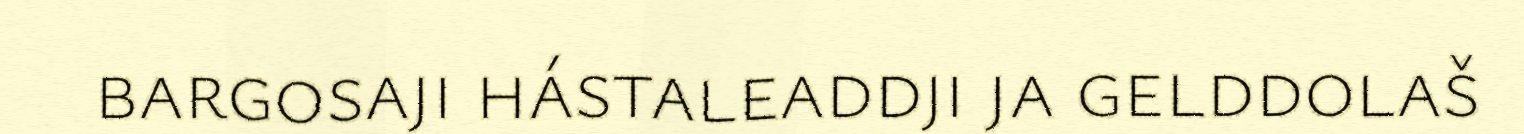
bargosaji hástaleaddji ja gelddolaš